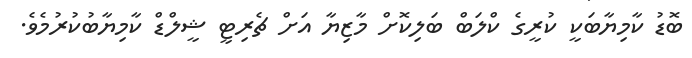
ބޮޑު ކާމިޔާބަކީ ކުރީގެ ކްލަބް ބަލިކޮށް މާޒިޔާ އަށް ޗެރިޓީ ޝީލްޑް ކާމިޔާބުކުރުމެވެ.